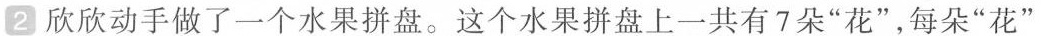
2欣欣动手做了一个水果拼盘。这个水果拼盘上一共有7朵“花”，每朵“花”